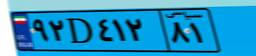
۵۰D۸۸۲۰۲